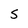
Character: S